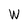
Character: W